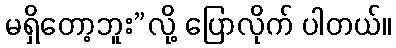
မရှိတော့ဘူး”လို့ ပြောလိုက် ပါတယ်။